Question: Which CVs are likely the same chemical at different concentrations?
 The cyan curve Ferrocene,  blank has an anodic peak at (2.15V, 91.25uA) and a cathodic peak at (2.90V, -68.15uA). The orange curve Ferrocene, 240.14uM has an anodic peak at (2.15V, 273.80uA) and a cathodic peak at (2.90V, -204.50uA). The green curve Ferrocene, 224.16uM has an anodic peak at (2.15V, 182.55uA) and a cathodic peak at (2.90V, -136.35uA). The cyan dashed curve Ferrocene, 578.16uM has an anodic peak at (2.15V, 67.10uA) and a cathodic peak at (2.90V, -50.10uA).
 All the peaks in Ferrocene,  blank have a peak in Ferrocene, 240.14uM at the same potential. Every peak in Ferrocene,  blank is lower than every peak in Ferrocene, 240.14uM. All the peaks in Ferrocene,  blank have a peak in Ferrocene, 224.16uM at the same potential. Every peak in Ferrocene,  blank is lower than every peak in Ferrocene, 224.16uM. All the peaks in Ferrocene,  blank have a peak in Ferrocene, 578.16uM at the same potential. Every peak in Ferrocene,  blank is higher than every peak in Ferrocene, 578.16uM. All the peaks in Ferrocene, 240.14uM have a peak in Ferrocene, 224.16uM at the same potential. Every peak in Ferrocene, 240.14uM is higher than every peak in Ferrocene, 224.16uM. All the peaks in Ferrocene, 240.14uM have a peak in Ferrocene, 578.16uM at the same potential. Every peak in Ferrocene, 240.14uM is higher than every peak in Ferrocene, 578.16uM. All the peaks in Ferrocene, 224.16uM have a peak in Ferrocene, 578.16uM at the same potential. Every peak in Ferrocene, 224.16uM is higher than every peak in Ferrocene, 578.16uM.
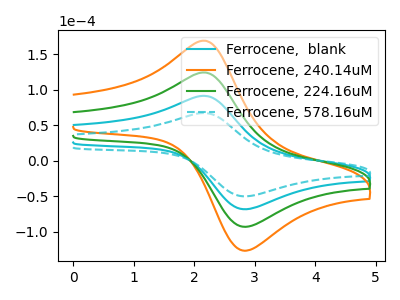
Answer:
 <answer>"Ferrocene, 578.16uM", "Ferrocene,  blank", "Ferrocene, 240.14uM" and "Ferrocene, 224.16uM" have the same shape and are likely CV's of the same chemical.</answer>
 <eval>"Ferrocene, 578.16uM" "Ferrocene,  blank" "Ferrocene, 240.14uM" "Ferrocene, 224.16uM"</eval>